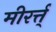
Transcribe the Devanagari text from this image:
मीरर्त्त्